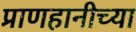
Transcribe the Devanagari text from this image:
प्राणहानीच्या